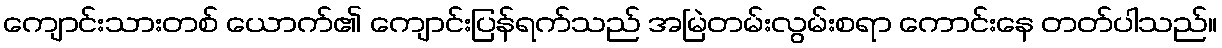
ကျောင်းသားတစ် ယောက်၏ ကျောင်းပြန်ရက်သည် အမြဲတမ်းလွမ်းစရာ ကောင်းနေ တတ်ပါသည်။